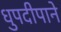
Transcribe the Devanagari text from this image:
धुपदीपाने